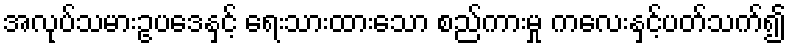
အလုပ်သမားဥပဒေနှင့် ရေးသားထားသော စည်ကားမှု ကလေးနှင့်ပတ်သက်၍